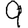
Digit: 9